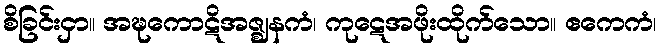
စိခြင်းငှာ။ အဍ္ဎကောဋိအဇ္ဈနကံ၊ ကုဋေအဖိုးထိုက်သော။ ဧကေကံ၊